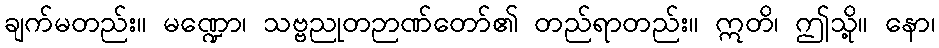
ချက်မတည်း။ မဏ္ဍော၊ သဗ္ဗညုတဉာဏ်တော်၏ တည်ရာတည်း။ ဣတိ၊ ဤသို့။ နော၊